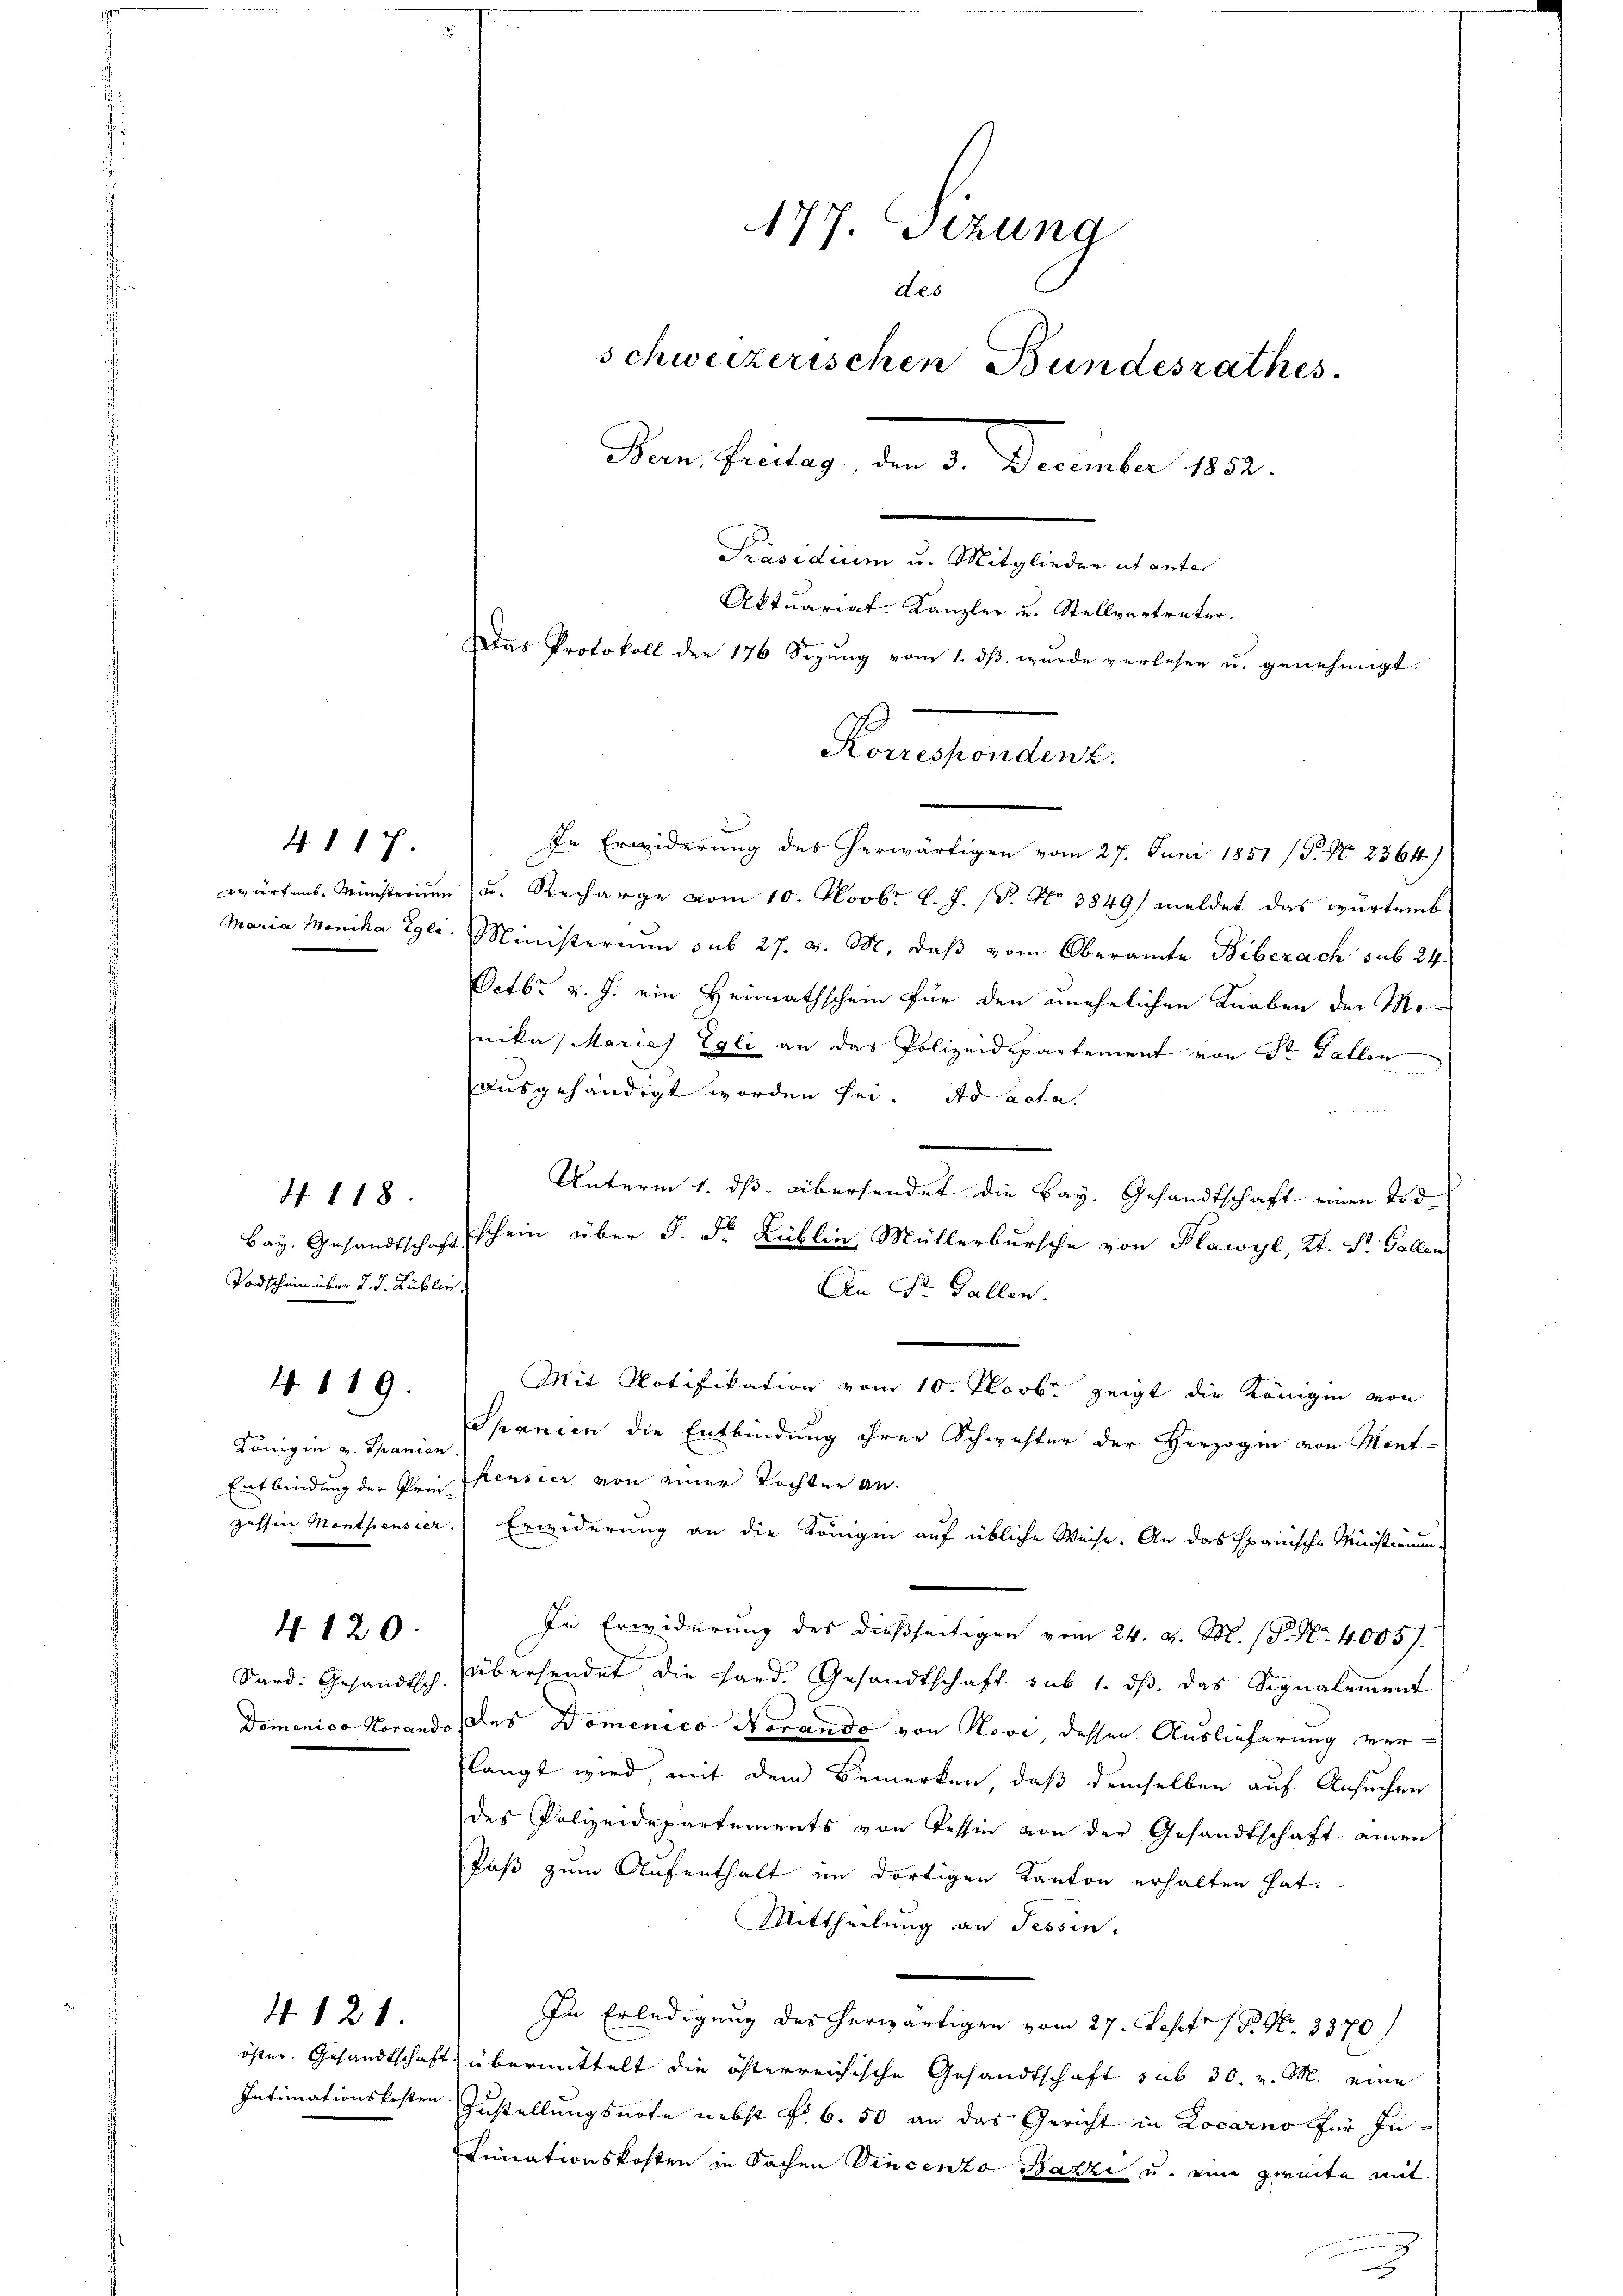
4 117.

4 118.

Todschein über d. d. Lublich

. 119.

Königin v. Spanien

Dard. Gesandtsch.

4120.

4. 121.

In Erwiderung des herwärtigen vom 27. Juni 1851 /F. No 2364)
würfen. Ministerium u. Recharge vom 10. Novbr l. J. (T. No 3849) meldet das würtemb
Maria Monika Egli. Ministerium sub 27. v. M., daß vom Oberamte Biberach sub 24
Octbr. v. J. ein Heimathschein für den unehelichen Knaben der Monika Maries Egli an der Polizeidepartement von St. Gallen
ausgehändigt worden sei. Ad acta.
Unterm 1. ds. übersendet die Bay. Gesandtschaft einen Tod¬
Bay. Gesandtschaft schein über d. d. Lublin, Müllerbursche von Plawyl, Kt. St. Gallen
n Dr. Gallen.
Mit Notifikation vom 10. Novbr. zeigt die Königin von
Spanien die Entbindung ihrer Schwester der Herzogin von Mont-
Entbindung der Pein Pensier von einer Tochter an.
gassen Monthensier. Erwiderung an die Königin auf übliche Weise. An das Spanische Meisterium
In Erwiderung des dießseitigen vom 24. v. M. (P. Nr. 4005/
übersendet die Hard. Gesandtschaft sub 1. ds. das Signalement
Domenica Horando des Domenico Norando von Nove, dessen Auslieferung ver-
langt wird, mit dem Bemerken, daß demselben auf Ansuchen
des Polizeidepartements von Tessin von der Gesandtschaft einen
Paß zum Aufenthalt im dortigen Kanton erhalten hat.
Mittheilung an Tessin.
In Erledigung des herwärtigen vom 27. Sept. 18. No. 3370
öster. Gesandtschaft übermittelt die österreichische Gesandtschaft sub 30. v. M. eine
Intimationskosten Zustellungsnote nebst Fr. 6. 50 an das Gericht in Locarno für In¬
Linuationskosten in Sachen Vincenzo Bazzi u. eine zweite mit

177. Sizung
des
schweizerischen Bundesrathes
Von Fristig, den 3. December 1890.
Präsidium u. Mitglieder ut anter
Aktuariat-Kanzler u. Stellvertreter.
Das Protokoll der 176 Sizŭng vom 1. dβ. wurde verlesen u. genehmigt.

Korrespondenz.